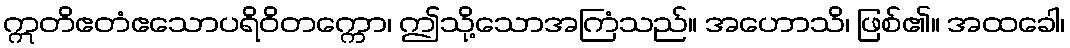
ဣတိဧတံဧသောပရိဝိတက္ကော၊ ဤသို့သောအကြံသည်။ အဟောသိ၊ ဖြစ်၏။ အထခေါ၊